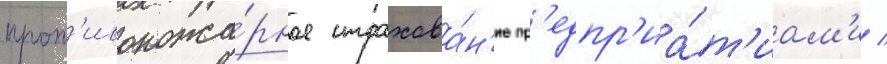
прот'ивопожа́рное страхова́н'ие пр'едпр'иа́т'иам'и /